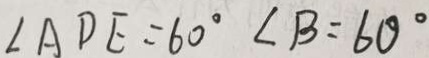
\angle A D E = 6 0 ^ { \circ } \angle B = 6 0 ^ { \circ }